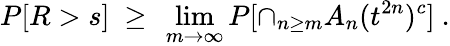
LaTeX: P[R>s]\ \ge\ \operatorname*{lim}_{m\to\infty}P[\cap_{n\ge m}A_{n}(t^{2n})^{c}]\ .